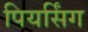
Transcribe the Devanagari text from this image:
पियर्सिंग